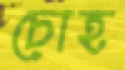
চোহ